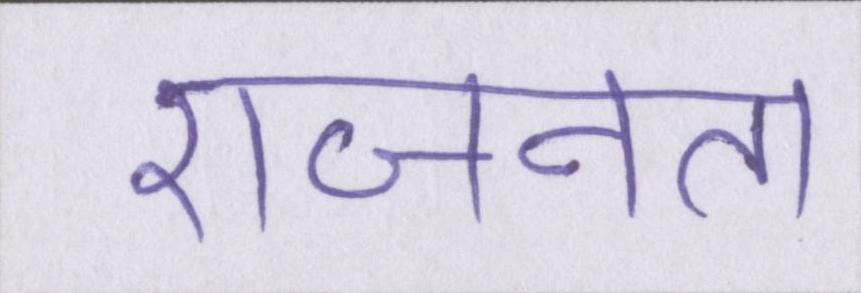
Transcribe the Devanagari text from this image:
राजनेता